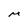
Character: M